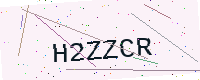
Text: H2ZZCR